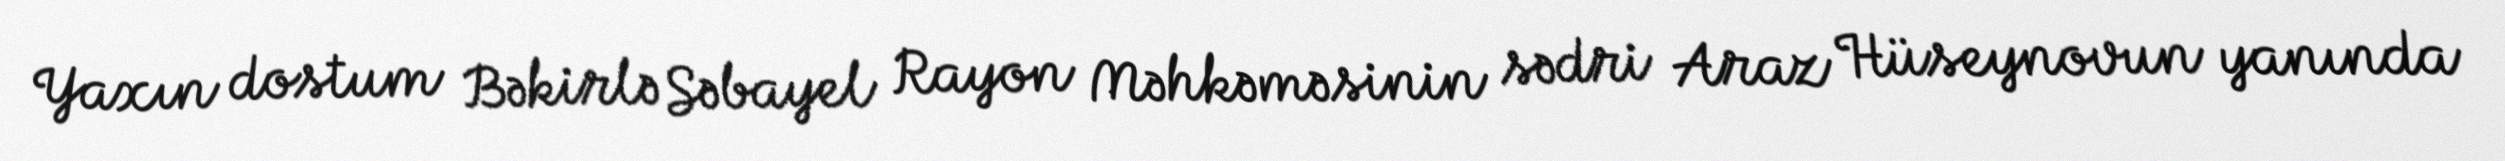
Yaxın dostum Bəkirlə Səbayel Rayon Məhkəməsinin sədri Araz Hüseynovun yanında